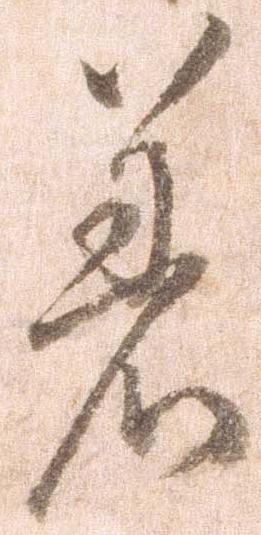
着